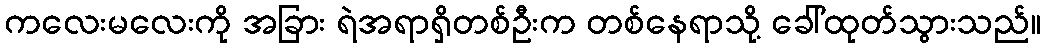
ကလေးမလေးကို အခြား ရဲအရာရှိတစ်ဦးက တစ်နေရာသို့ ခေါ်ထုတ်သွားသည်။